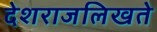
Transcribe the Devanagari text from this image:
देशराजलिखते